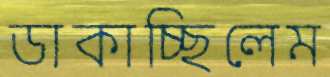
ডাকাচ্ছিলেম